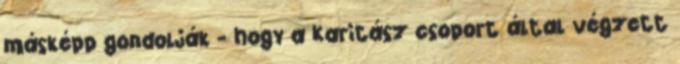
másképp gondolják - hogy a Karitász csoport által végzett